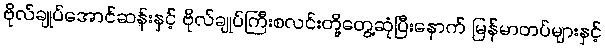
ဗိုလ်ချုပ်အောင်ဆန်းနှင့် ဗိုလ်ချုပ်ကြီးစလင်းတို့တွေ့ဆုံပြီးနောက် မြန်မာတပ်များနှင့်